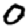
Digit: 0